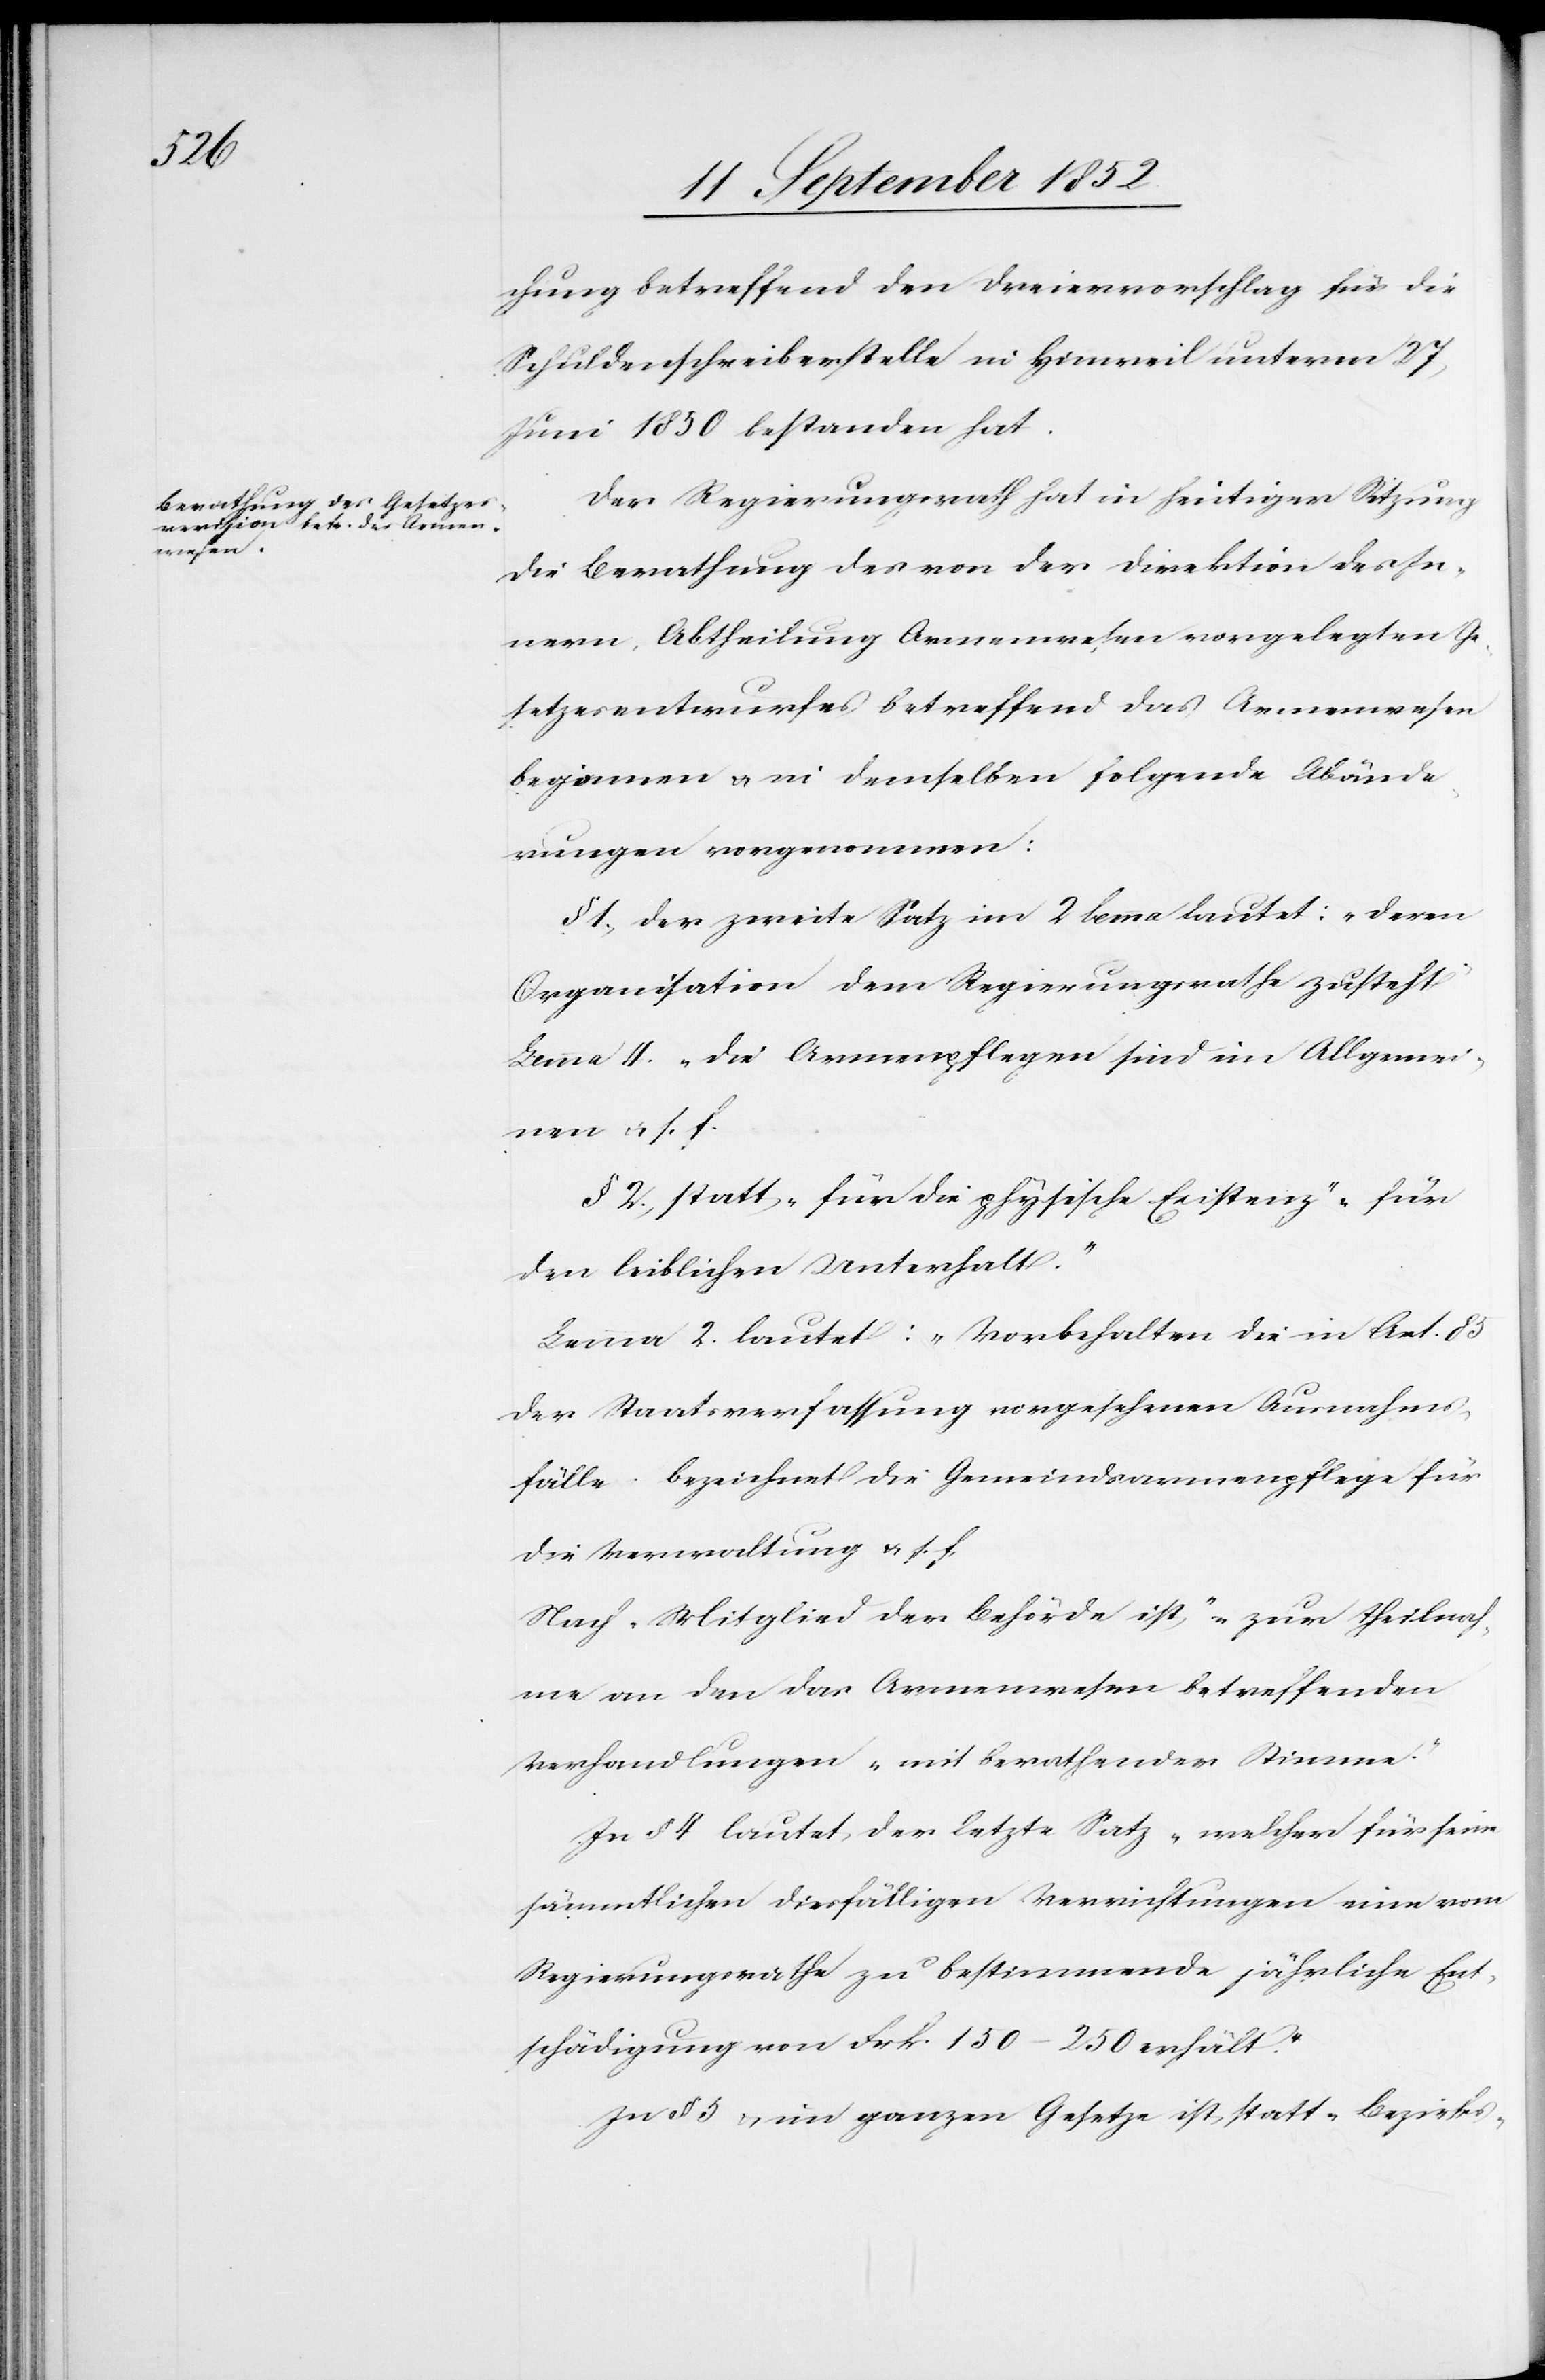
chung betreffend den Dreiervorschlag für die
Schuldenschreiberstelle in Hinweil unterm 27
Juni 1850 bestanden hat.
Der Regierungsrath hat in heutiger Sitzung
die Berathung des von der Direktion des In¬
nern, Abtheilung Armenwesen vorgelegten Ge¬
setzesentwurfes betreffend das Armenwesen
begonnen & in demselben folgende Abände¬
rungen vorgenommen:
§ 1., Der zweite Satz im 2 lemma lautet: „deren
Organisation dem Regierungsrathe zusteht“
Lemma 4. „die Armenpflegen sind im Allgemei¬
nen & s. f.[“]
§ 2., statt „für die physische Existenz“ „für
den leiblichen Unterhalt.“
Lemma 2. lautet: „Vorbehalten die in Art. 85
der Staatsverfassung vorgesehenen Ausnahms¬
fälle bezeichnet die Gemeindsarmenpflege für
die Verwaltung & s. f.[“]
Nach „Mitglied der Behörde ist“ „zur Theilnah¬
me an den das Armenwesen betreffenden
Verhandlungen mit berathender Stimme.“
In § 4 lautet der letzte Satz „welcher für seine
sämmtlichen diesfälligen Verrichtungen eine vom
Regierungsrathe zu bestimmende jährliche Ent¬
schädigung von Frk 150–250 erhält.“
In § 5 & im ganzen Gesetze ist statt „Bezirks-